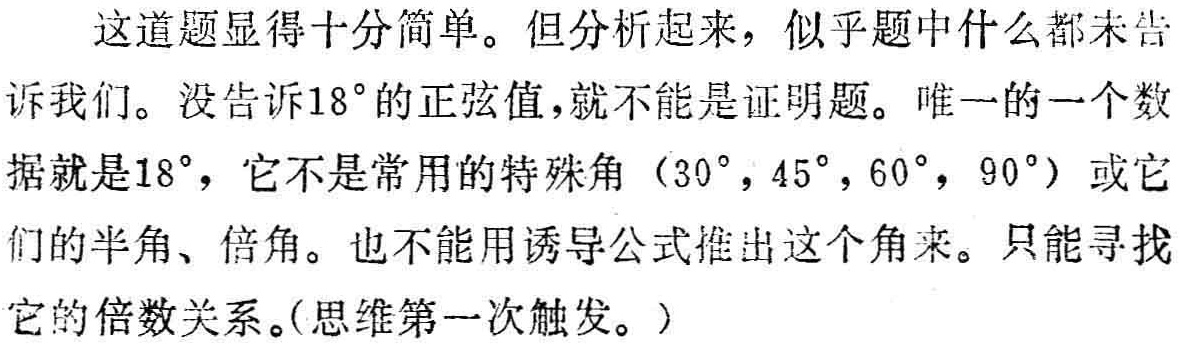
这道题显得十分简单。但分析起来，似乎题中什么都未告诉我们。没告诉\(18^{\circ}\)的正弦值，就不能是证明题。唯一的一个数据就是\(18^{\circ}\)，它不是常用的特殊角（\(30^{\circ},45^{\circ},60^{\circ},90^{\circ}\)）或它们的半角、倍角。也不能用诱导公式推出这个角来。只能寻找它的倍数关系。（思维第一次触发。）